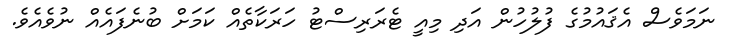
ނަމަވެސް އެޤައުމުގެ ފުލުހުން އަދި މިއީ ޓެރަރިސްޓު ހަރަކާތެއް ކަމަށް ބުުނެފައެއް ނުވެއެވެ.